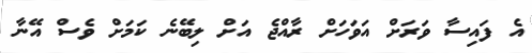
އެ ފައިސާ ވަރަށް އަވަހަށް ރާއްޖެ އަށް ލިބޭނެ ކަމަށް ވެސް އޭނާ